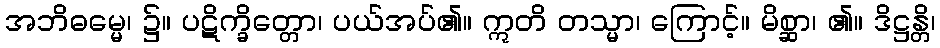
အဘိဓမ္မေ၊ ၌။ ပဋိက္ခိတ္တော၊ ပယ်အပ်၏။ ဣတိ တသ္မာ၊ ကြောင့်။ မိစ္ဆာ၊ ၏။ ဒိဋ္ဌန္တိ၊